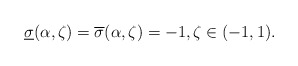
\begin{align*} \underline{\sigma}(\alpha,\zeta)=\overline{\sigma}(\alpha,\zeta)=-1, \zeta\in{(-1,1)}.\end{align*}